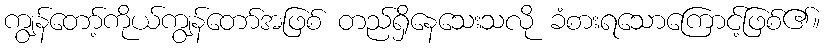
ကျွန်တော့်ကိုယ်ကျွန်တော်အဖြစ် တည်ရှိနေသေးသလို ခံစားရသောကြောင့်ဖြစ်၏။